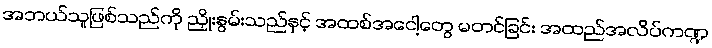
အဘယ်သူဖြစ်သည်ကို ညှိုးနွမ်းသည်နှင့် အထစ်အငေါ့တွေ မတင်ခြင်း အထည်အလိပ်ကဏ္ဍ